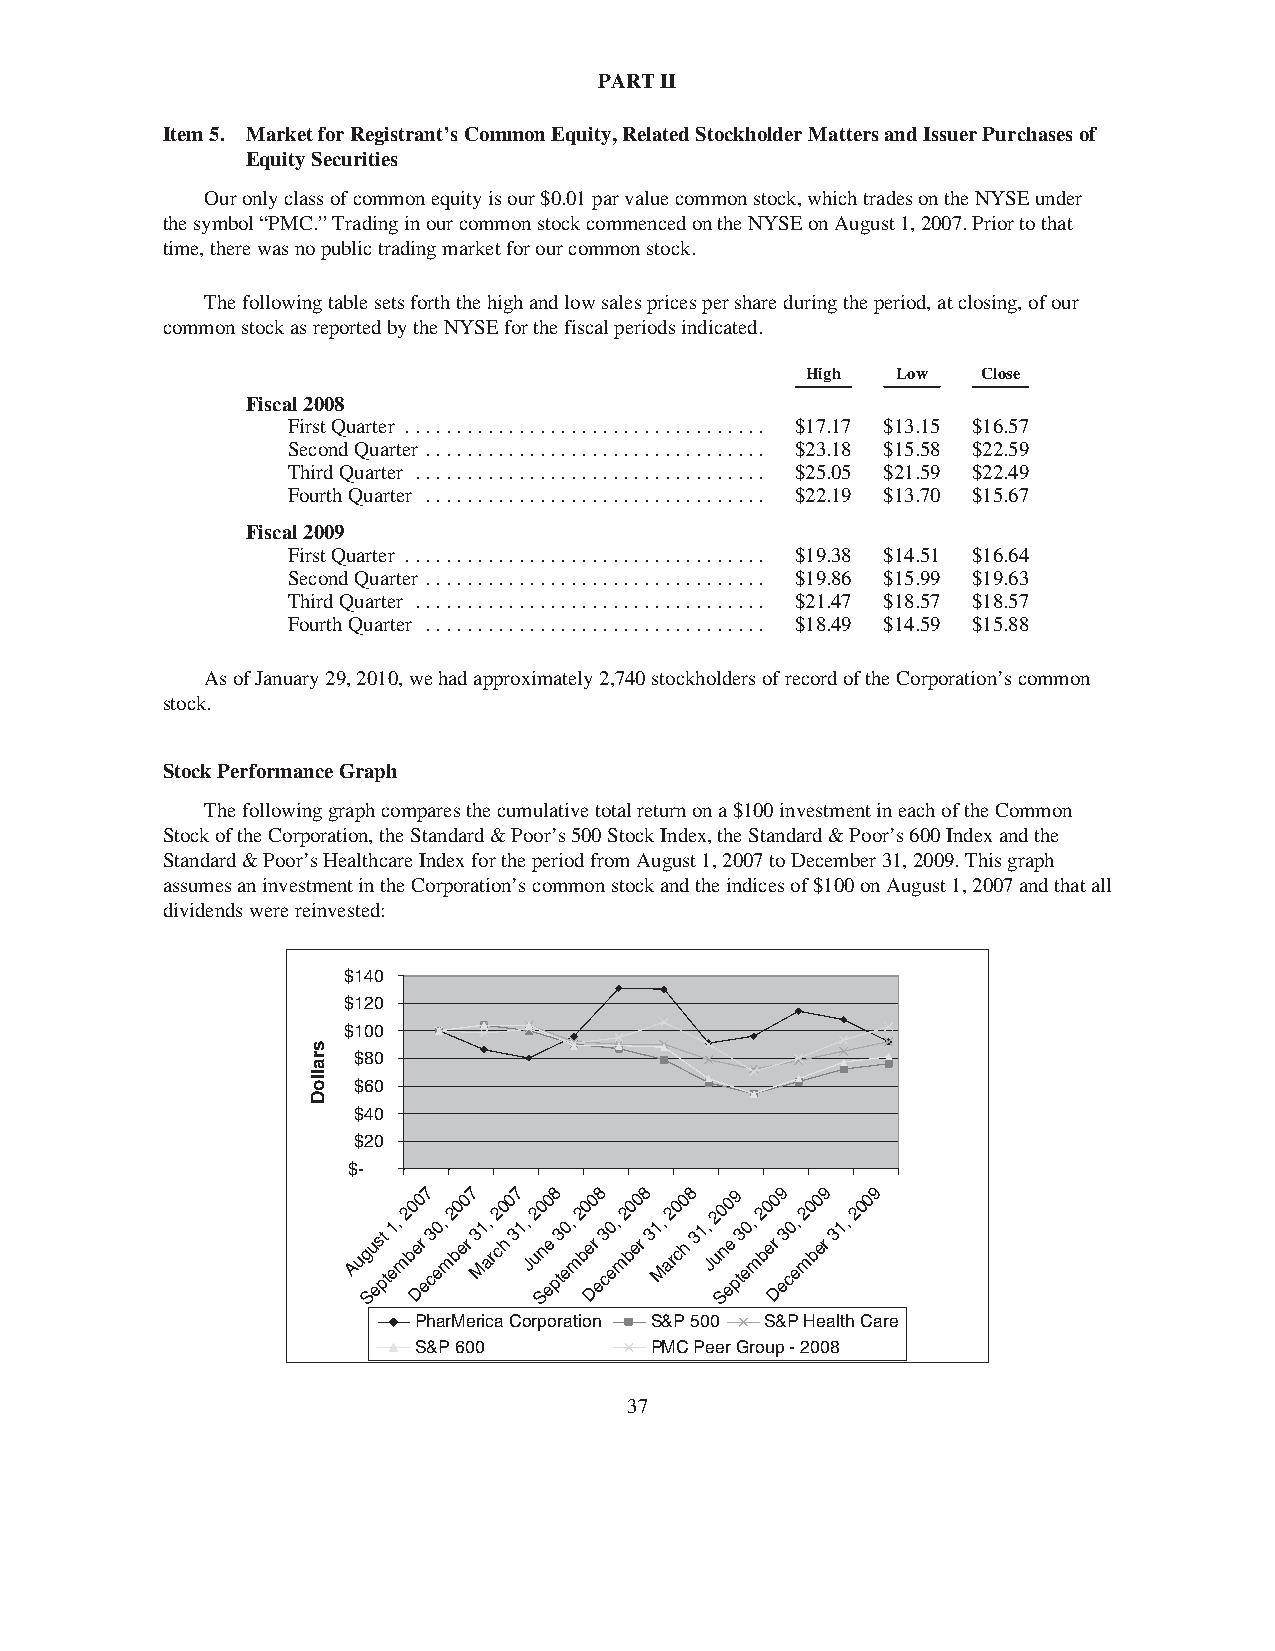
PARTII
 Item5. MarketforRegistrant’sCommonEquity,RelatedStockholderMattersandIssuerPurchasesof
 EquitySecurities
 Ouronlyclassofcommonequityisour$0.01parvaluecommonstock,whichtradesontheNYSEunder
 thesymbol“PMC.”TradinginourcommonstockcommencedontheNYSEonAugust1,2007.Priortothat
 time,therewasnopublictradingmarketforourcommonstock.
 Thefollowingtablesetsforththehighandlowsalespricespershareduringtheperiod,atclosing,ofour
 commonstockasreportedbytheNYSEforthefiscalperiodsindicated.
 High  Low   Close
 Fiscal2008
 FirstQuarter ................................... $17.17 $13.15 $16.57
 SecondQuarter ................................. $23.18 $15.58 $22.59
 ThirdQuarter .................................. $25.05 $21.59 $22.49
 FourthQuarter ................................. $22.19 $13.70 $15.67
 Fiscal2009
 FirstQuarter ................................... $19.38 $14.51 $16.64
 SecondQuarter ................................. $19.86 $15.99 $19.63
 ThirdQuarter .................................. $21.47 $18.57 $18.57
 FourthQuarter ................................. $18.49 $14.59 $15.88
 AsofJanuary29,2010,wehadapproximately2,740stockholdersofrecordoftheCorporation’scommon
 stock.
 StockPerformanceGraph
 Thefollowinggraphcomparesthecumulativetotalreturnona$100investmentineachoftheCommon
 StockoftheCorporation,theStandard&Poor’s500StockIndex,theStandard&Poor’s600Indexandthe
 Standard&Poor’sHealthcareIndexfortheperiodfromAugust1,2007toDecember31,2009.Thisgraph
 assumesaninvestmentintheCorporation’scommonstockandtheindicesof$100onAugust1,2007andthatall
 dividendswerereinvested:
 $140
 $120
 $100
 $80
 $60
 $40
 $20
 $-
 August
 e1,
 m2 b0 e0
 r
 7
 3
 e0,
 m2 b0 e0
 r
 7
 3
 M1,
 a
 r2 c0
 h
 0 37
 1,
 J
 2 u0 n0
 e
 8
 3
 e0,
 m2 b0 e0
 r
 8
 30 e,
 m2 b0 e0
 r
 8
 31,
 M
 a2 r0 c0
 h
 8
 31,
 J2 u0 n0
 e
 9
 3
 e0,
 m2 b0 er0 9
 30,
 e
 2 m0 b0 er9
 31,
 2009
 Sept Dec    Sept Dec    Sept Dec
 PharMerica Corporation S&P 500 S&P Health Care
 S&P 600         PMC Peer Group - 2008
 37
 sralloD